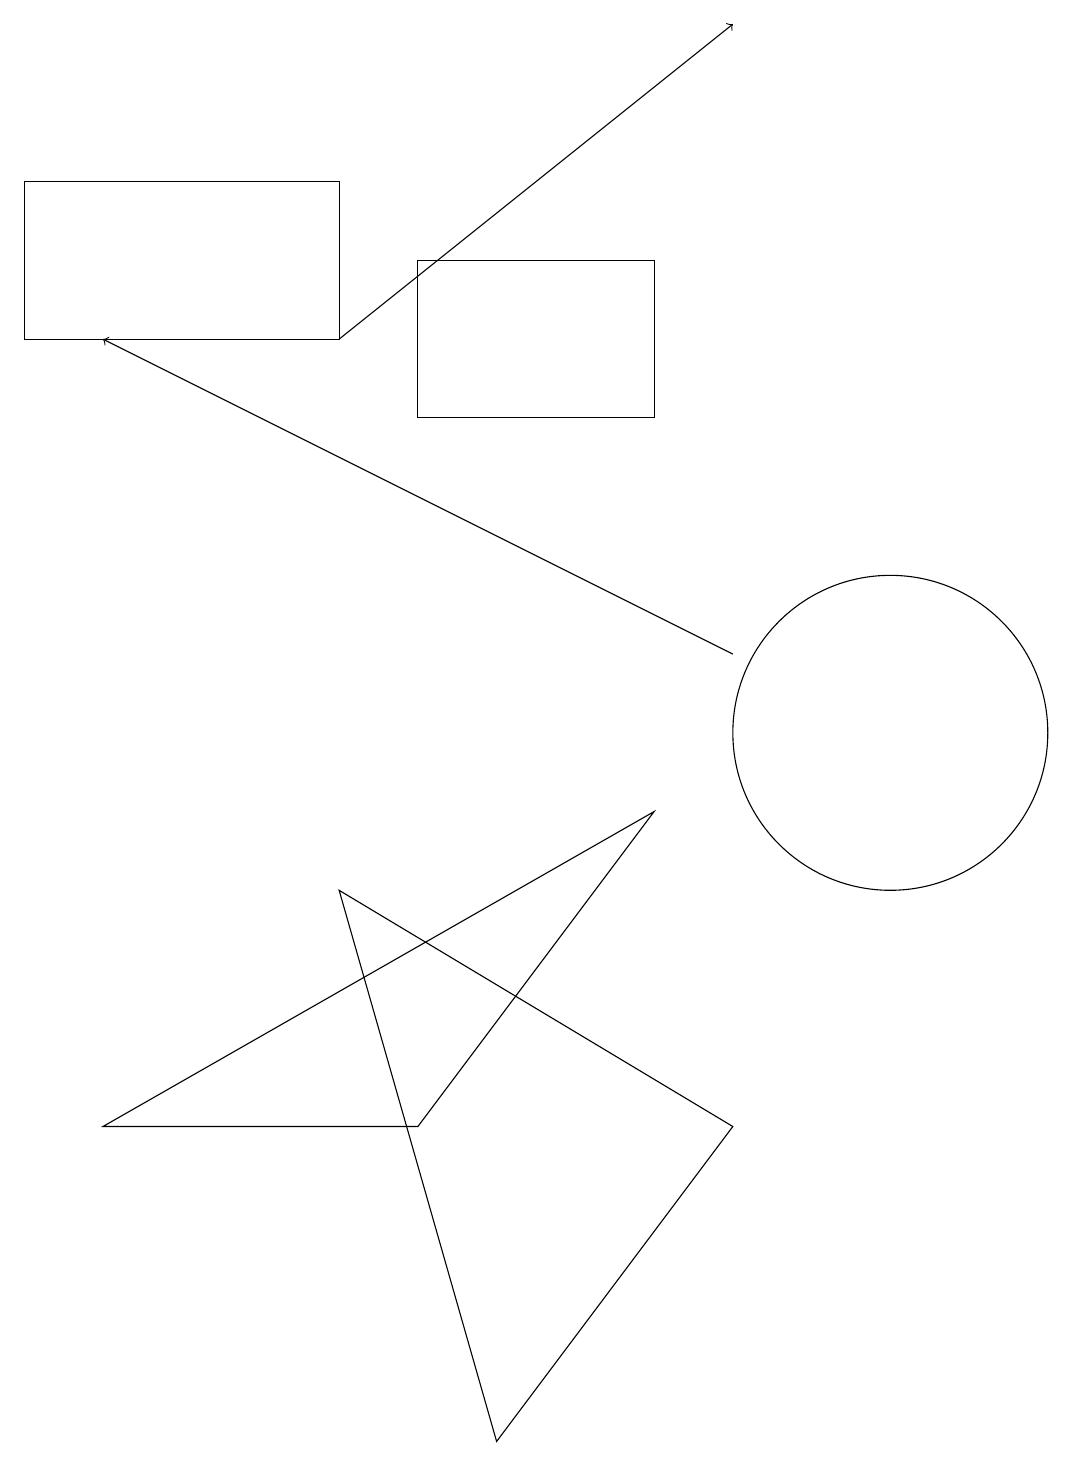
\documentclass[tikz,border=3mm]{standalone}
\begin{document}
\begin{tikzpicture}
\draw[->] (9,11) -- (1,15);
\draw (4,17) rectangle (0,15);
\draw (8,14) rectangle (5,16);
\draw (8,9) -- (1,5) -- (5,5) -- cycle;
\draw (9,5) -- (6,1) -- (4,8) -- cycle;
\draw[->] (4,15) -- (9,19);
\draw (11,10) circle (2);
\draw (10,11) circle (0);
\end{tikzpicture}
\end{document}